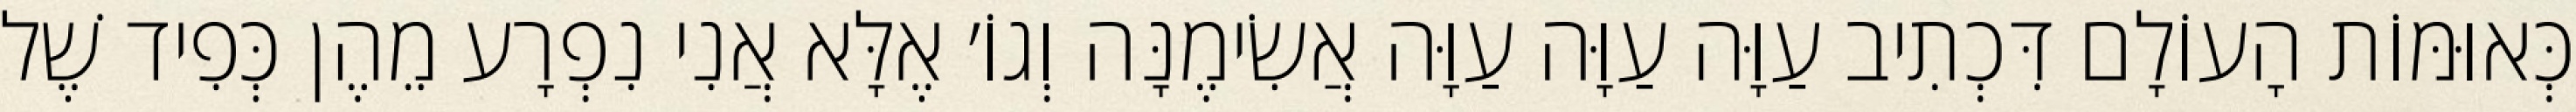
כְּאוּמּוֹת הָעוֹלָם דִּכְתִיב עַוָּה עַוָּה עַוָּה אֲשִׂימֶנָּה וְגוֹ׳ אֶלָּא אֲנִי נִפְרָע מֵהֶן כְּפִיד שֶׁל